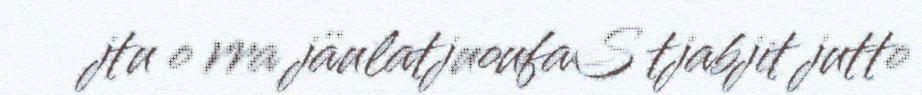
jtu o rra jäulatjuoufaS tjabjit jutto